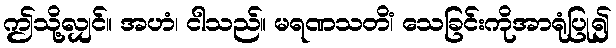
ဤသို့လျှင်။ အဟံ၊ ငါသည်။ မရဏသတိံ၊ သေခြင်းကိုအာရုံပြု၍